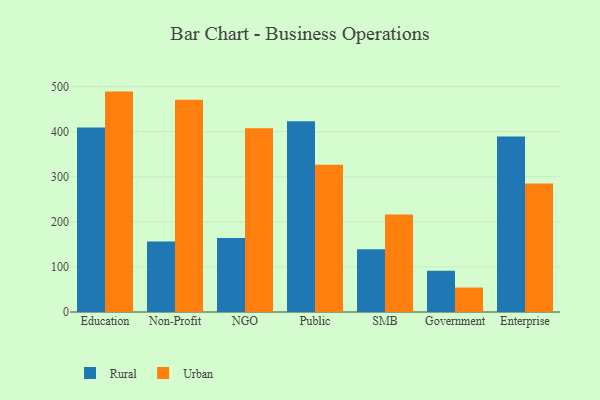
{"axis": {"x": "Segment", "y": "Satisfaction Score"}, "legend": ["Rural", "Urban"], "data": [{"x": "Education", "y": 409.3, "type": "Rural"}, {"x": "Education", "y": 488.9, "type": "Urban"}, {"x": "Non-Profit", "y": 156.2, "type": "Rural"}, {"x": "Non-Profit", "y": 471.0, "type": "Urban"}, {"x": "NGO", "y": 164.2, "type": "Rural"}, {"x": "NGO", "y": 407.4, "type": "Urban"}, {"x": "Public", "y": 423.1, "type": "Rural"}, {"x": "Public", "y": 326.8, "type": "Urban"}, {"x": "SMB", "y": 139.3, "type": "Rural"}, {"x": "SMB", "y": 216.5, "type": "Urban"}, {"x": "Government", "y": 91.4, "type": "Rural"}, {"x": "Government", "y": 54.2, "type": "Urban"}, {"x": "Enterprise", "y": 389.3, "type": "Rural"}, {"x": "Enterprise", "y": 284.8, "type": "Urban"}]}